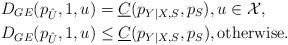
LaTeX: \begin{align*}&D_{GE}(p_{\hat{U}},1,u)=\underline{C}(p_{Y|X,S},p_S),u\in\mathcal{X},\\&D_{GE}(p_{\hat{U}},1,u)\leq\underline{C}(p_{Y|X,S},p_S),\mbox{otherwise}.\end{align*}